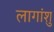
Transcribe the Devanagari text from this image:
लागांशु